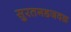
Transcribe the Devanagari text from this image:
सुरतगडजवळ